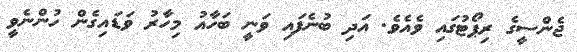
ޖެންސީގެ ރިޕޯޓުގައި ވެއެވެ. އަދި ބުނެފައި ވަނީ ބަހާއު މިހާރު ވަޑައިގެން ހުންނެވީ